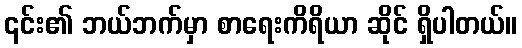
၎င်း၏ ဘယ်ဘက်မှာ စာရေးကိရိယာ ဆိုင် ရှိပါတယ်။